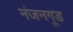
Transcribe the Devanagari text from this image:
नंजनगूड